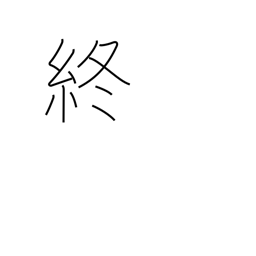
Meaning: finish